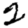
Digit: 2